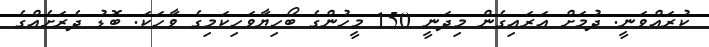
ކުރައްވަނީ. ދުމަށް އަރައިގެން މިދަނީ 150 މީހުންގެ ބޯހިޔާވަހިކަމިގެ ވާހަކަ. ބޮޑު ދެރަށެއްގެ